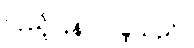
လှည့်ပြန်လာခဲ့သည်။